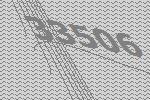
33506